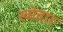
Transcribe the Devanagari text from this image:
खोदार